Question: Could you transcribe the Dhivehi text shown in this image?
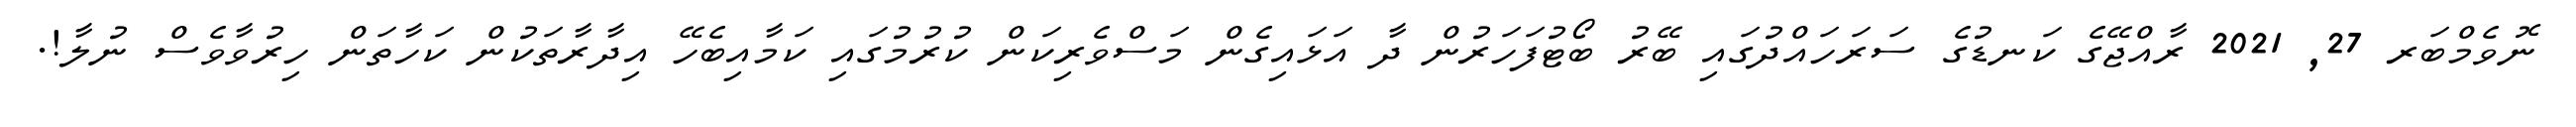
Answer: ނޮވެމްބަރ 27, 2021 ރާއްޖޭގެ ކަނޑުގެ ސަރަހައްދުގައި ބޭރު ބޯޓުފަހަރުން ދާ އަޅައިގެން މަސްވެރިކަން ކުރުމުގައި ކަމާއިބެހޭ އިދާރާތަކުން ކަހާތަން ހިރުވާވެސް ނުލާ!.